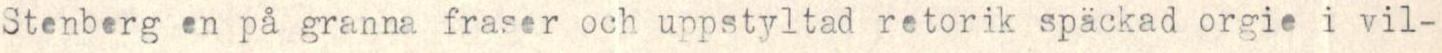
Stenberg en på granna fraser och uppstyltad retorik späckad orgie i vil-